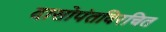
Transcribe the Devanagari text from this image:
दासोपंतविरचित